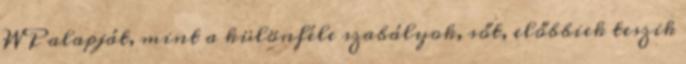
WP alapját, mint a különféle szabályok, sőt, előbbiek teszik